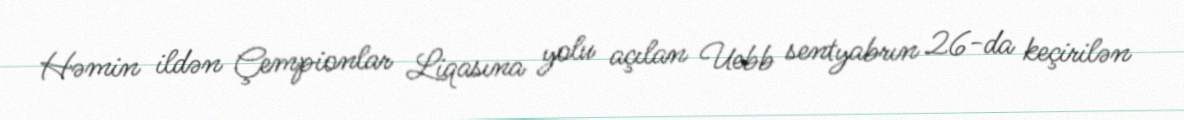
Həmin ildən Çempionlar Liqasına yolu açılan Uebb sentyabrın 26-da keçirilən